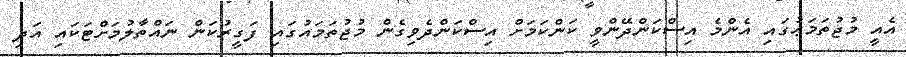
އެއީ މުޖުތަމަޢުގައި އެންމެ އިސްކަންދޭންވީ ކަންކަމަށް އިސްކަންދެވިގެން މުޖުތަމައުގައި ފަގީރުކަން ނައްތާލުމަށްޓަކައި އަދި